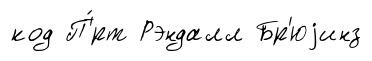
код П'́рт Рэндалл Бр'юjинз